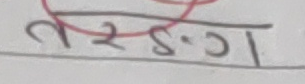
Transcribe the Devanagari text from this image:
वरङ्ग